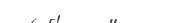
٢٥